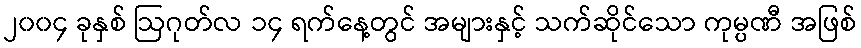
၂၀၀၄ ခုနှစ် ဩဂုတ်လ ၁၄ ရက်နေ့တွင် အများနှင့် သက်ဆိုင်သော ကုမ္ပဏီ အဖြစ်